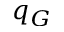
q _ { G }